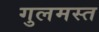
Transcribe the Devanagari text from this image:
गुलमस्त